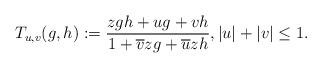
LaTeX: \begin{align*} T_{u,v}(g,h) := \frac{zgh+ug+vh}{1+\overline{v}zg+\overline{u}zh}, |u|+|v|\le1.\end{align*}